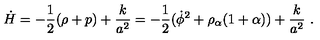
\dot { H } = - { \frac { 1 } { 2 } } ( \rho + p ) + { \frac { k } { a ^ { 2 } } } = - { \frac { 1 } { 2 } } ( \dot { \phi } ^ { 2 } + \rho _ { \alpha } ( 1 + \alpha ) ) + { \frac { k } { a ^ { 2 } } } \ .